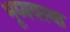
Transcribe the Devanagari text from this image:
भूव्यवस्था